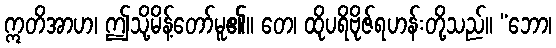
ဣတိအာဟ၊ ဤသို့မိန့်တော်မူ၏။ တေ၊ ထိုပရိဗိုဇ်ရဟန်းတို့သည်။ “ဘော၊